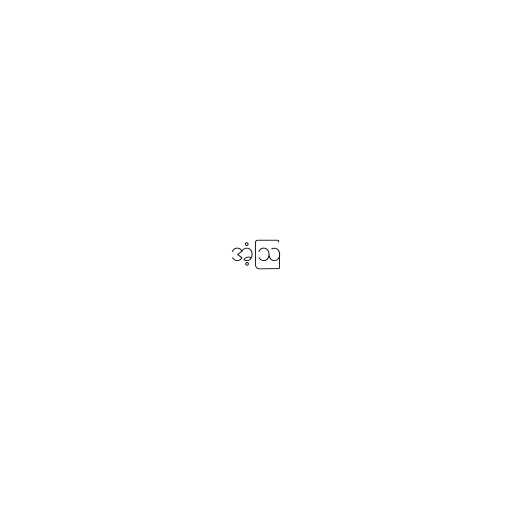
အံ့ဩ